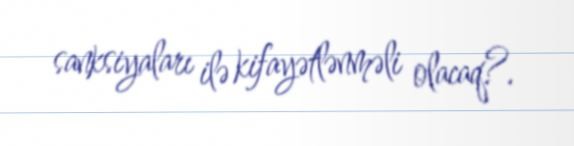
sanksiyaları ilə kifayətlənməli olacaq?.